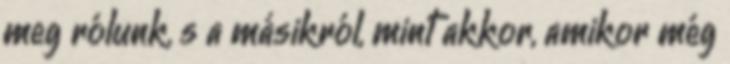
meg rólunk, s a másikról, mint akkor, amikor még